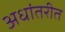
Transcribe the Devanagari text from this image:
अधांतरीत